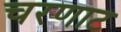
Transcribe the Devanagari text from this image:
चरणाट